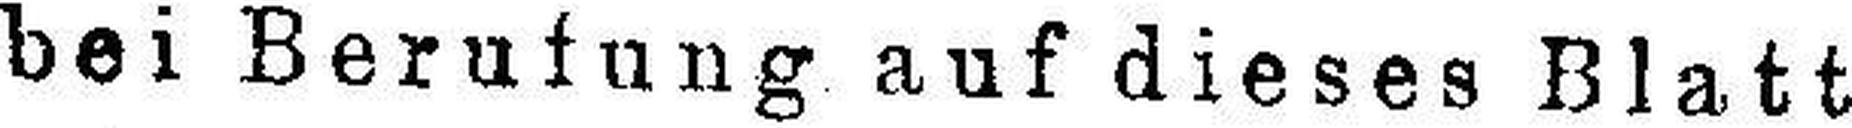
bei Berufung auf dieses Blatt k###nfrei